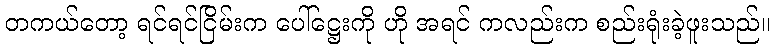
တကယ်တော့ ရင်ရင်ငြိမ်းက ပေါ်ဋ္ဌေးကို ဟို အရင် ကလည်းက စည်းရုံးခဲ့ဖူးသည်။